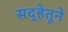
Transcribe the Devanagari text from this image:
सद्‍हेतूने